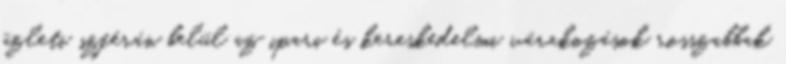
üzleti szférán belül az ipari és kereskedelmi várakozások rosszabbak